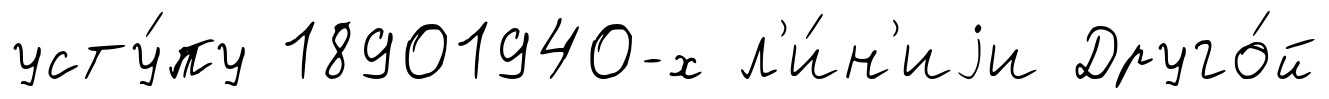
усту́пу 18901940-х л'и́н'иjи Друго́й